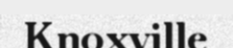
Knoxville